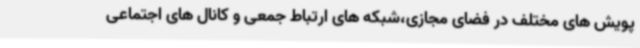
پویش های مختلف در فضای مجازی،شبکه های ارتباط جمعی و کانال های اجتماعی